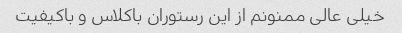
خیلی عالی ممنونم از این رستوران باکلاس و باکیفیت